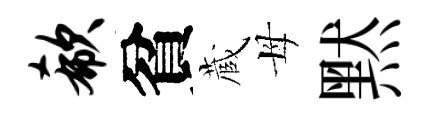
欷貧蔵母黙